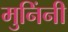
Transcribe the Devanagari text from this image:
मुनिंनी